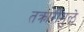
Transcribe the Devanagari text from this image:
तक्रारींमुळे